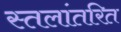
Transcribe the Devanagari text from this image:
स्तलांतरित